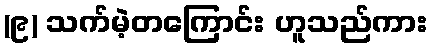
(၉) သက်မဲ့တကြောင်း ဟူသည်ကား